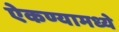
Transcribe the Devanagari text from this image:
ऐकण्यामध्ये